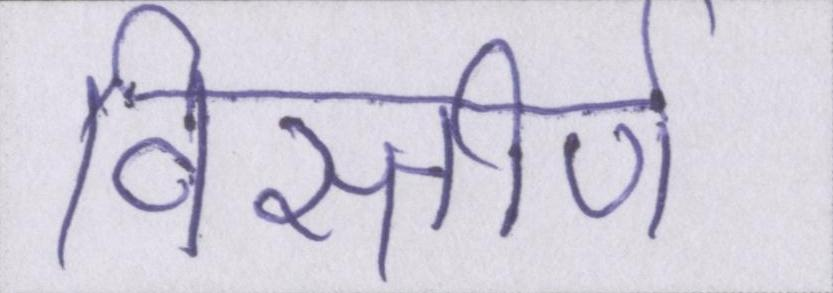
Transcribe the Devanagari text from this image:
विस्तीर्ण